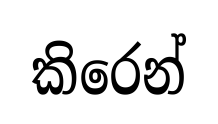
කිරෙන්